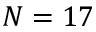
N = 1 7